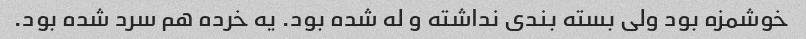
خوشمزه بود ولی بسته بندی نداشته و له شده بود. یه خرده هم سرد شده بود.